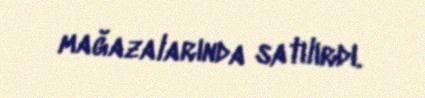
mağazalarında satılırdı.